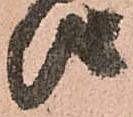
儀